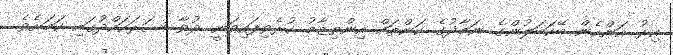
އިރު އަންހެން ބޭކަބަލުންގެ ނަމާދުގެ ކަންތައް އިންތިޒާމު ކުރެވިފައިވަނީ ދުވާ ސަރަހައްދުގައި ކަމަށެވެ.